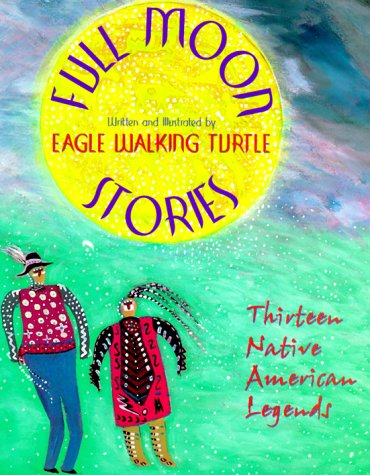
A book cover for Full Moon Stories; Eagle-Walking Turtle; Children's Books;